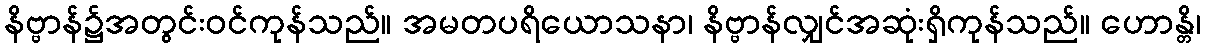
နိဗ္ဗာန်၌အတွင်းဝင်ကုန်သည်။ အမတပရိယောသနာ၊ နိဗ္ဗာန်လျှင်အဆုံးရှိကုန်သည်။ ဟောန္တိ၊